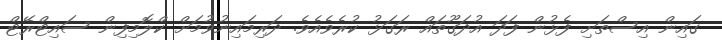
ގައިން އިސްތަށި ފެޅުން ފަދަ އުދަގޫތައް ރަގަޅު ކުރެވެއެވެ. ދަރިމައިނުވުމަށް ކްލޮމިފިން ސައިޓްރޭޓް